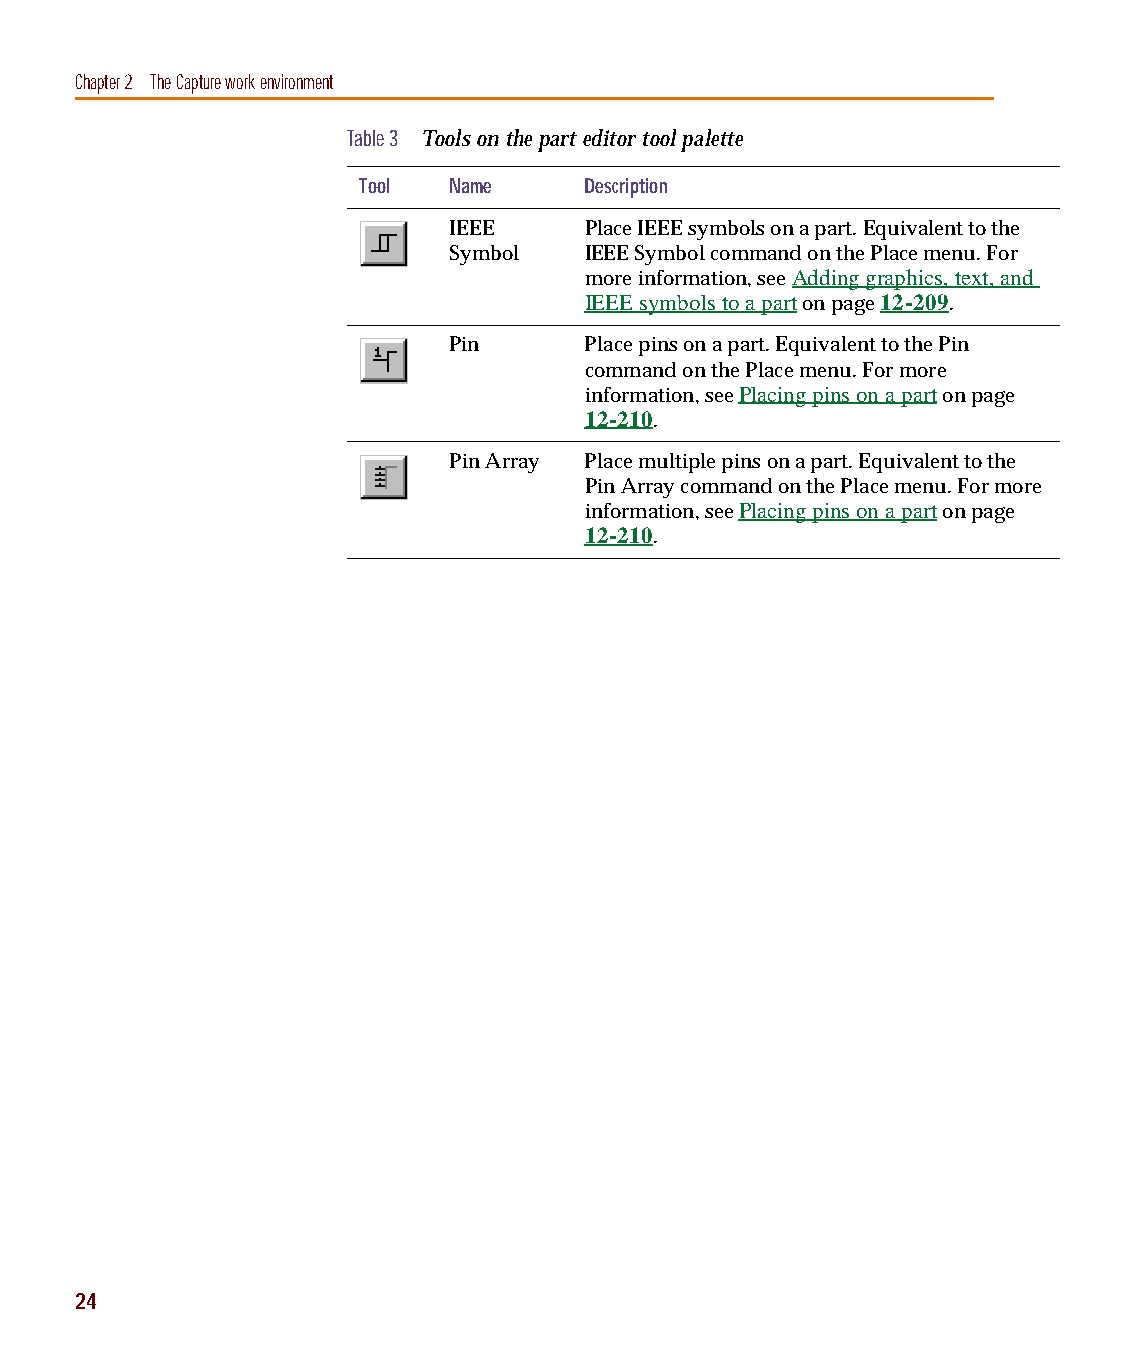
capug.book Page 24 Thursday, November 12, 1998 3:38 PM
 Chapter 2 The Capture work environment
 Table 3 Tools on the part editor tool palette
 Tool  Name     Description
 IEEE     Place IEEE symbols on a part. Equivalent to the
 Symbol   IEEE Symbol command on the Place menu. For
 more information, see Adding graphics, text, and
 IEEE symbols to a part on page 12-209.
 Pin      Place pins on a part. Equivalent to the Pin
 command on the Place menu. For more
 information, see Placing pins on a part on page
 12-210.
 Pin Array Place multiple pins on a part. Equivalent to the
 Pin Array command on the Place menu. For more
 information, see Placing pins on a part on page
 12-210.
 24